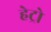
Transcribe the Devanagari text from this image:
हेट्रो